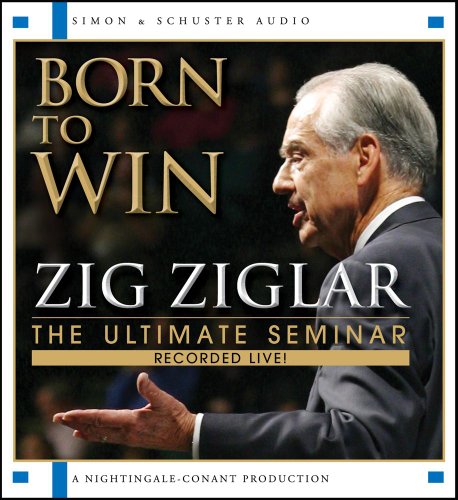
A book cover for Born To Win: The Ultimate Seminar; Zig Ziglar; Business & Money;